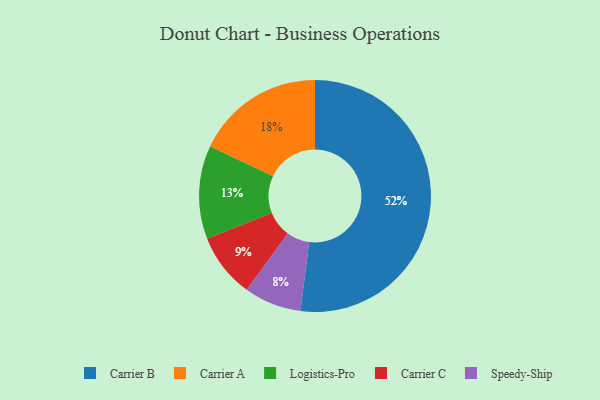
{"axis": {"x": "Category", "y": "Percentage"}, "legend": ["Carrier A", "Carrier B", "Carrier C", "Logistics-Pro", "Speedy-Ship"], "data": [{"x": "Logistics-Pro", "y": 13, "type": "Logistics-Pro"}, {"x": "Speedy-Ship", "y": 8, "type": "Speedy-Ship"}, {"x": "Carrier B", "y": 52, "type": "Carrier B"}, {"x": "Carrier A", "y": 18, "type": "Carrier A"}, {"x": "Carrier C", "y": 9, "type": "Carrier C"}]}